Calcutta medical institutions reports 1892-1900
Year: 1892
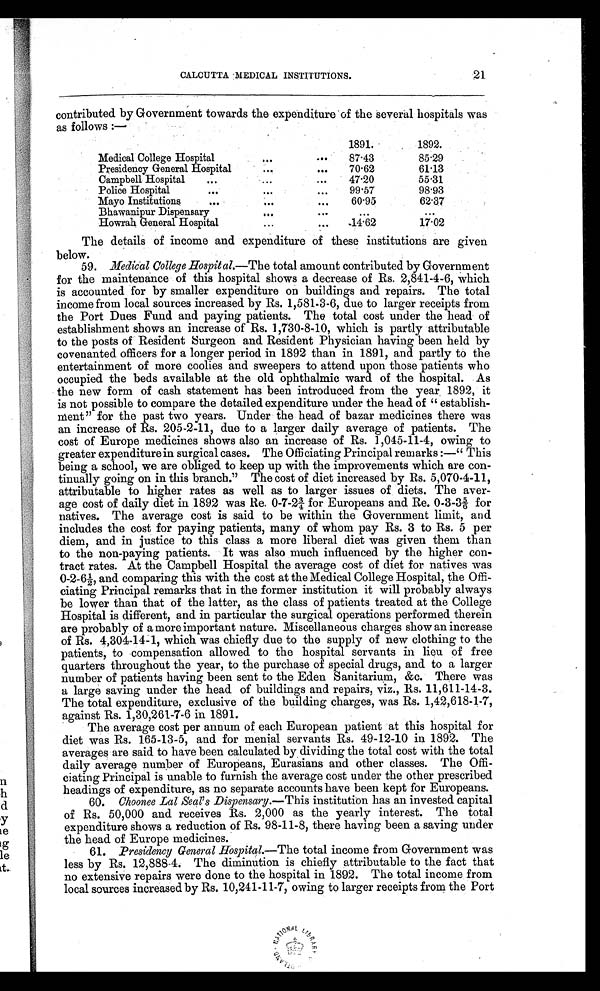
21
CALCUTTA MEDICAL INSTITUTIONS.
contributed by Government towards the expenditure of the several hospitals was
as follows:—
1891.
1892.
Medical College Hospital
...
. . .
87.43
85.29
Presidency General Hospital
. . .
. . .
70.62
61.13
Campbell Hospital
. . .
...
...
47.20
55.31
Police Hospital
. . .
. . .
. . .
99.57
98.93
Mayo Institutions
. . .
. . .
. . .
60.95
62.37
Bhawanipur Dispensary
. . .
. . .
. . .
. . .
Howrah General Hospital
. . .
. . .
14.62
17.02
The details of income and expenditure of these institutions are given
below.
59. Medical College Hospit al.—The total amount contributed by Government
for the maintenance of this hospital shows a decrease of Rs. 2,841-4-6, which
is accounted for by smaller expenditure on buildings and repairs. The total
income from local sources increased by Rs. 1,581-3-6, due to larger receipts from
the Port Dues Fund and paying patients. The total cost under the head of
establishment shows an increase of Rs. 1,730-8-10, which is partly attributable
to the posts of Resident Surgeon and Resident Physician having been held by
covenanted officers for a longer period in 1892 than in 1891, and partly to the
entertainment of more coolies and sweepers to attend upon those patients who
occupied the beds available at the old ophthalmic ward of the hospital. As
the new form of cash statement has been introduced from the year 1892, it
is not possible to compare the detailed expenditure under the head of "establish-
ment" for the past two years. Under the head of bazar medicines there was
an increase of Rs. 205-2-11, due to a larger daily average of patients. The
cost of Europe medicines shows also an increase of Rs. 1,045-11-4, owing to
greater expenditure in surgical cases. The Officiating Principal remarks:—"This
being a school, we are obliged to keep up with the improvements which are con-
tinually going on in this branch." The cost of diet increased by Rs. 5,070-4-11,
attributable to higher rates as well as to larger issues of diets. The aver-
age cost of daily diet in 1892 was Re. 0-7-2¾ for Europeans and Re. 0-3-3 5/6 for
natives. The average cost is said to be within the Government limit, and
includes the cost for paying patients, many of whom pay Rs. 3 to Rs. 5 per
diem, and in justice to this class a more liberal diet was given them than
to the non-paying patients. It was also much influenced by the higher con-
tract rates. At the Campbell Hospital the average cost of diet for natives was
0-2-6½, and comparing this with the cost at the Medical College Hospital, the Offi-
ciating Principal remarks that in the former institution it will probably always
be lower than that of the latter, as the class of patients treated at the College
Hospital is different, and in particular the surgical operations performed therein
are probably of a more important nature. Miscellaneous charges show an increase
of Rs. 4,304-14-1, which was chiefly due to the supply of new clothing to the
patients, to compensation allowed to the hospital servants in lieu of free
quarters throughout the year, to the purchase of special drugs, and to a larger
number of patients having been sent to the Eden Sanitarium, &c. There was
a large saving under the head of buildings and repairs, viz., Rs. 11,611-14-3.
The total expenditure, exclusive of the building charges, was Rs. 1,42,618-1-7,
against Rs. 1,30,261-7-6 in 1891.
The average cost per annum of each European patient at this hospital for
diet was Rs. 165-13-5, and for menial servants Rs. 49-12-10 in 1892. The
averages are said to have been calculated by dividing the total cost with the total
daily average number of Europeans, Eurasians and other classes. The Offi-
ciating Principal is unable to furnish the average cost under the other prescribed
headings of expenditure, as no separate accounts have been kept for Europeans.
60. Choonee Lal Seal's Dispensary. —This institution has an invested capital
of Rs. 50,000 and receives Rs. 2,000 as the yearly interest. The total
expenditure shows a reduction of Rs. 98-11-8, there having been a saving under
the head of Europe medicines.
61. Presidency General Hospital.— The total income from Government was
less by Rs. 12,888-4. The diminution is chiefly attributable to the fact that
no extensive repairs were done to the hospital in 1892. The total income from
local sources increased by Rs. 10,241-11-7, owing to larger receipts from the Port
N A T I O N A L L I B R A R Y O F S C O T L A N D .